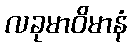
လခုမာဝိမာနံ